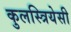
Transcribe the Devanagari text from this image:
कुलस्त्रियेसी